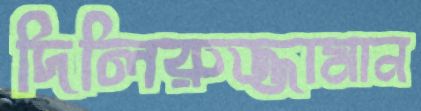
দিলিরুজ্জামান